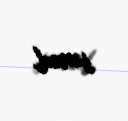
sənəd.